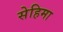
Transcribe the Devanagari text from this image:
सेहिमा